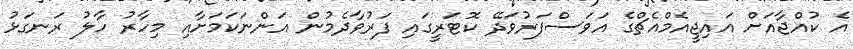
އެ ކުއްޖާއަށް އައިޖީއެމްއެޗްގެ އަވަސްފަރުވަދޭ ކޮޓަރީގައި ފަރުވާދެމުން އަންނަކަމަށާއި މިހާރު ހާލު ރަނގަޅު